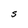
Character: S